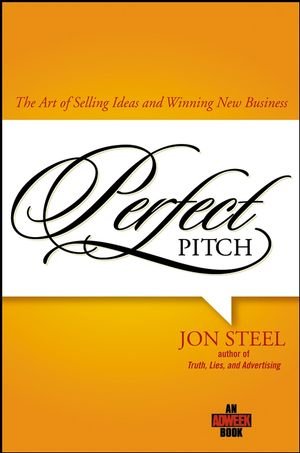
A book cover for Perfect Pitch: The Art of Selling Ideas and Winning New Business; Jon Steel; Business & Money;